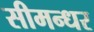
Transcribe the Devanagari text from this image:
सीमन्धर